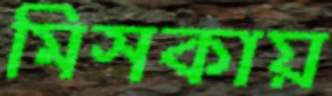
মিসকায়